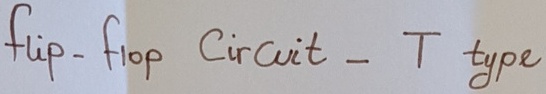
Text: flip-flop Circuit -T type